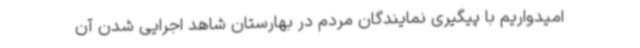
امیدواریم با پیگیری نمایندگان مردم در بهارستان شاهد اجرایی شدن آن